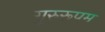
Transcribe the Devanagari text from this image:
गुरुरूपम